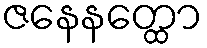
ဇနေနတ္ထော